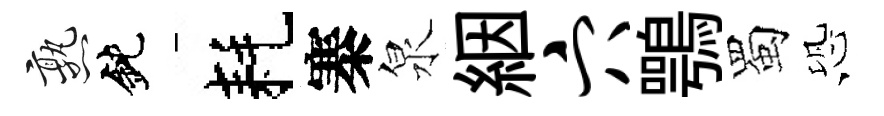
熟鈍耗寨泉絪穴鶚蜀恐